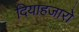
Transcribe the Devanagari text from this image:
दियाहजारो